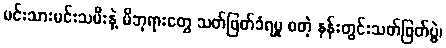
မင်းသားမင်းသမီးနဲ့ မိဘုရားတွေ သတ်ဖြတ်ခံရမှု စတဲ့ နန်းတွင်းသတ်ဖြတ်ပွဲ၊